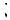
: